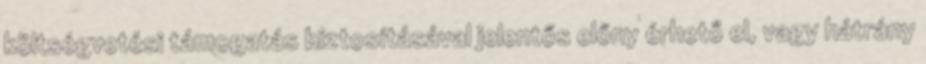
költségvetési támogatás biztosításával jelentős előny érhető el, vagy hátrány